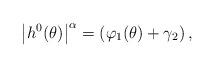
LaTeX: \begin{align*} \left|{h}^0(\theta) \right|^{\alpha}= \left(\varphi_1 (\theta)+\gamma_2 \right),\end{align*}